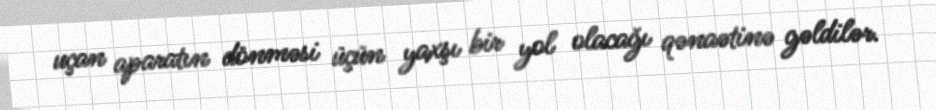
uçan aparatın dönməsi üçün yaxşı bir yol olacağı qənaətinə gəldilər.